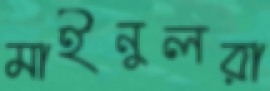
মাইনুলরা